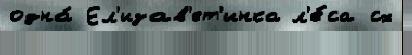
одна́ Ел'изав'ет'инка л'е́са сх